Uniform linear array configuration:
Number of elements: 64
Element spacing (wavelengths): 0.25
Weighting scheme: uniform
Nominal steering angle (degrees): -15
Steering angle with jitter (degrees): -15.02
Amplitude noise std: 0.05
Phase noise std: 0.05

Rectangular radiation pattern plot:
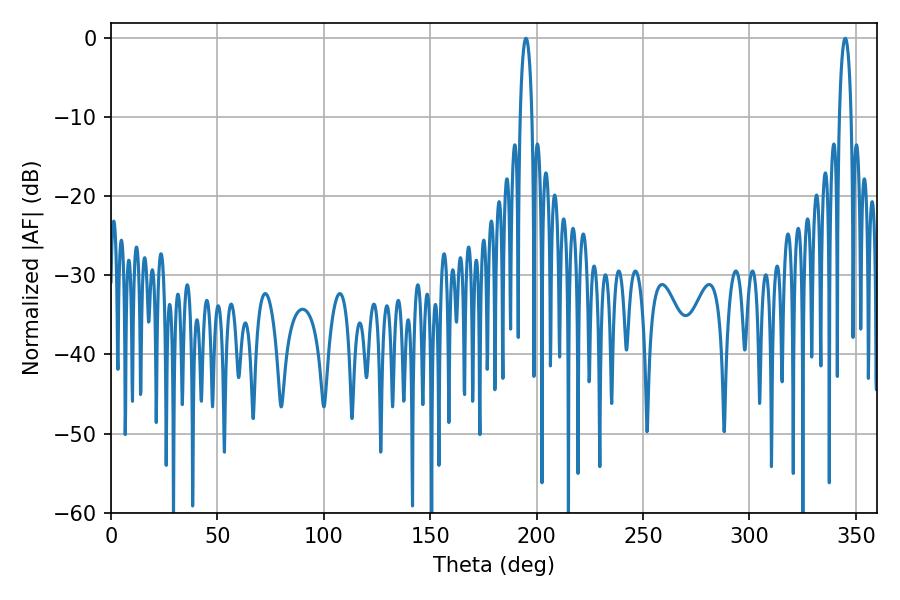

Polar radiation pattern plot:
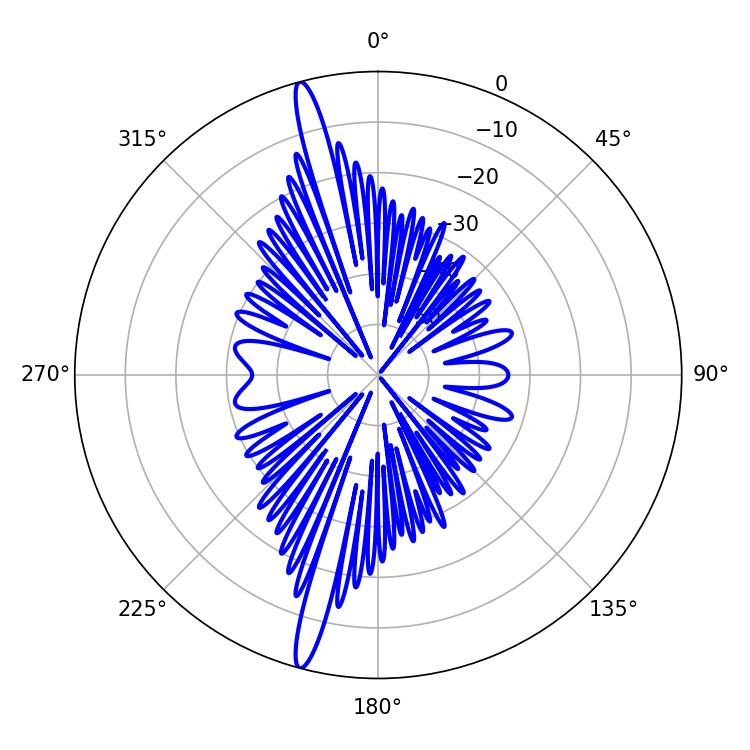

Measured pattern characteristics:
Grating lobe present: FALSE
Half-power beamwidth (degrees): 3.06
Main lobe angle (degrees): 194.94